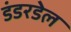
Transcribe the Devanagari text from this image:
डंडरडेल